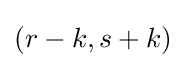
(r-k,s+k)